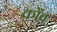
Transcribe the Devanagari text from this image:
काँव